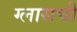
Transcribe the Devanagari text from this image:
ग्लासची